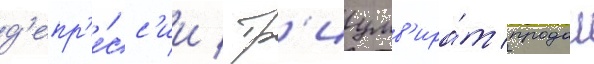
д'епр'е́сс'ии / тр'иумв'ира́т продал